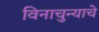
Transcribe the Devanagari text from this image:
विनाचुन्याचे